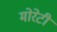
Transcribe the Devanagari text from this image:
मोरेटी